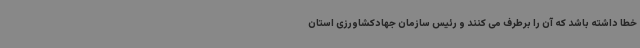
خطا داشته باشد که آن را برطرف می کنند و رئیس سازمان جهادکشاورزی استان